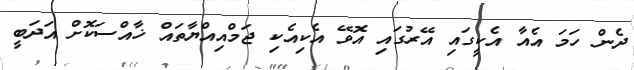
ދެން ހަމަ އެއާ އެކީގައި އޭރުގައި އޮވޭ އެކިއެކި ޖަމްއިއްޔާތައް ޚާއްސަކޮށް އަދަބީ